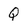
Character: Q